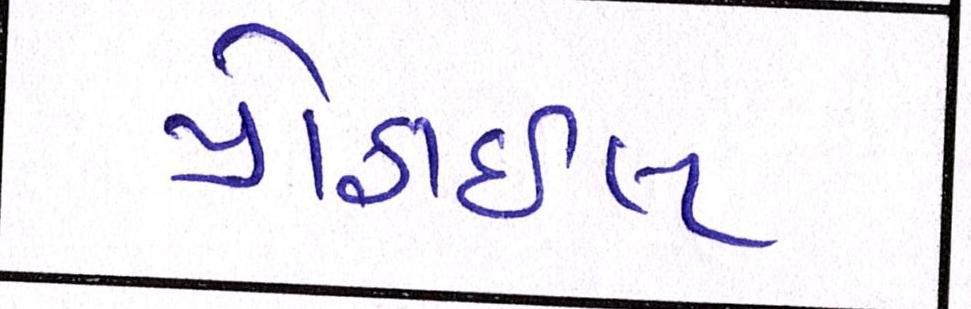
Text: પ્રોફાઇલ